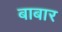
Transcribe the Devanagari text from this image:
बाबार